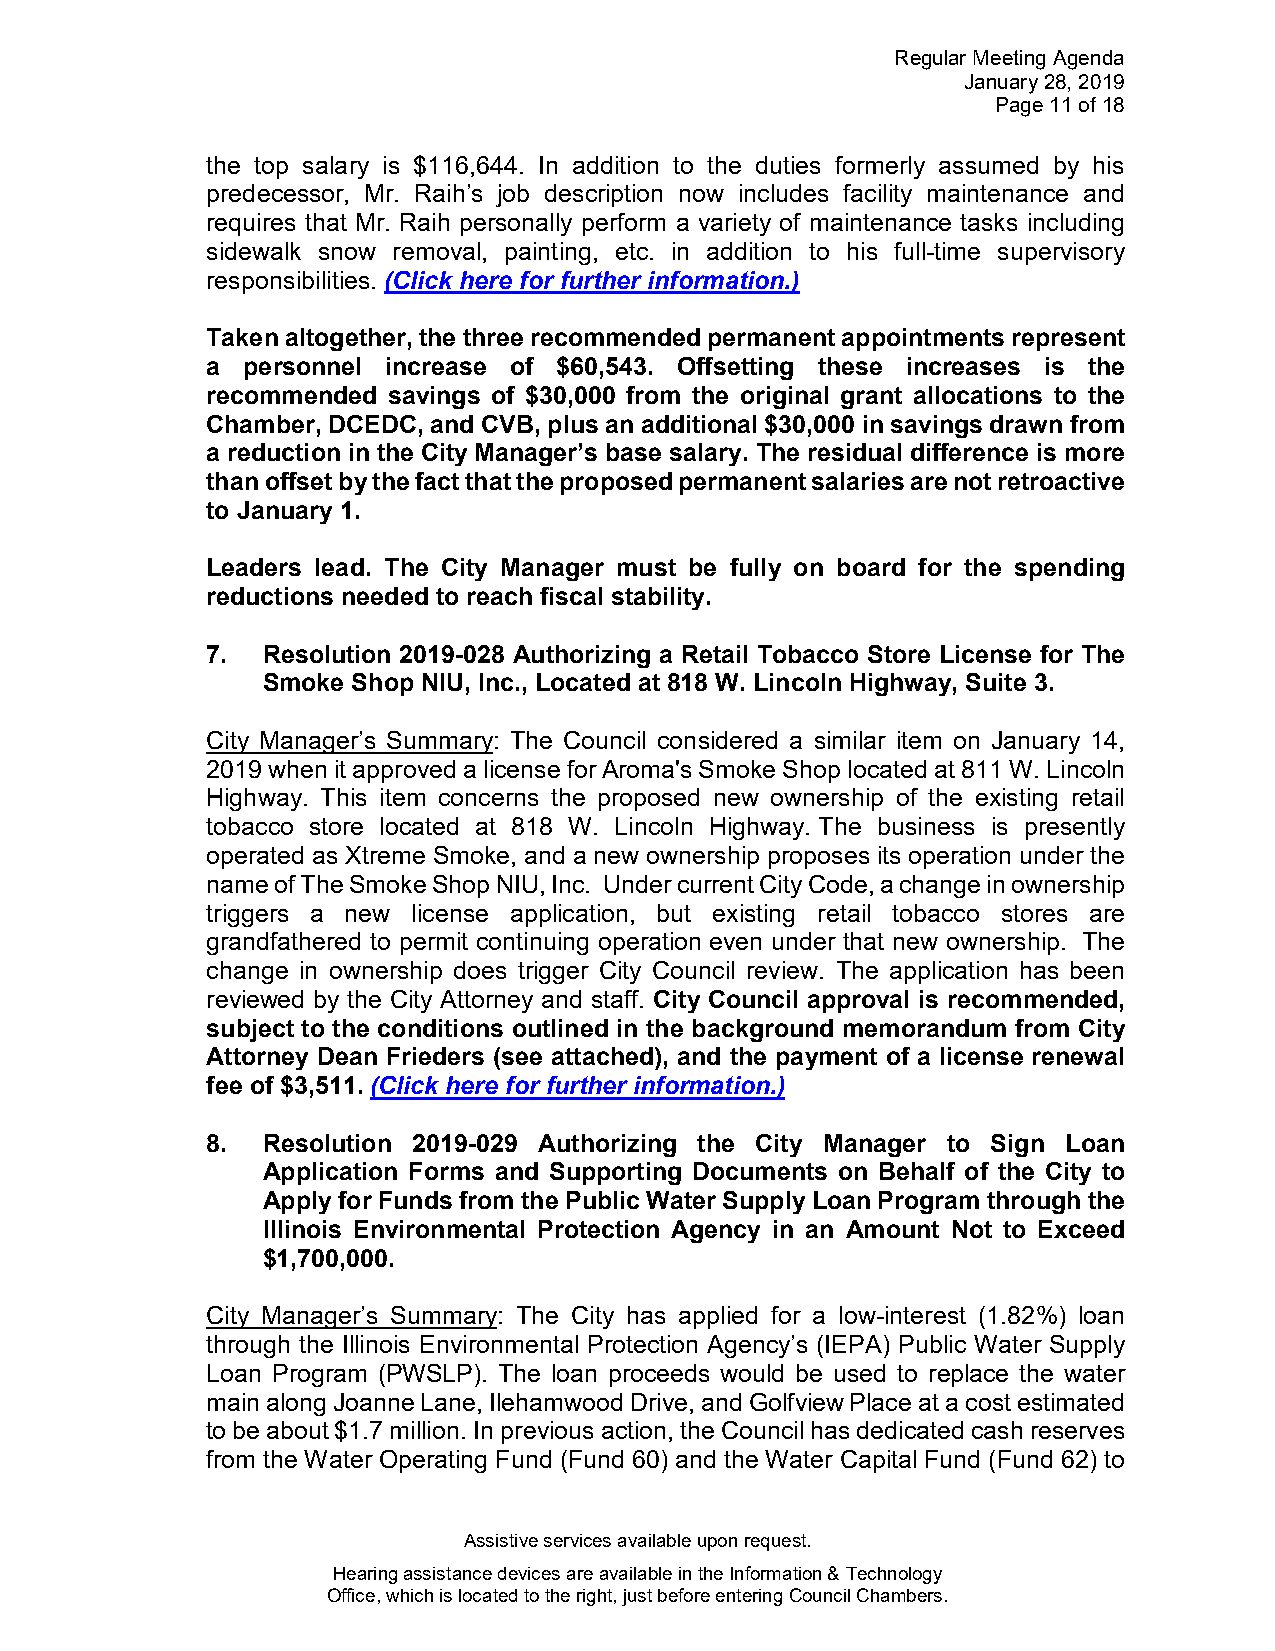
Regular Meeting Agenda
 January 28, 2019
 Page 11 of 18
 the top salary is $116,644. In addition to the duties formerly assumed by his
 predecessor, Mr. Raih’s job description now includes facility maintenance and
 requires that Mr. Raih personally perform a variety of maintenance tasks including
 sidewalk snow removal, painting, etc. in addition to his full-time supervisory
 responsibilities. (Click here for further information.)
 Taken altogether, the three recommended permanent appointments represent
 a personnel increase of $60,543. Offsetting these increases is the
 recommended savings of $30,000 from the original grant allocations to the
 Chamber, DCEDC, and CVB, plus an additional $30,000 in savings drawn from
 a reduction in the City Manager’s base salary. The residual difference is more
 than offset by the fact that the proposed permanent salaries are not retroactive
 to January 1.
 Leaders lead. The City Manager must be fully on board for the spending
 reductions needed to reach fiscal stability.
 7. Resolution 2019-028 Authorizing a Retail Tobacco Store License for The
 Smoke Shop NIU, Inc., Located at 818 W. Lincoln Highway, Suite 3.
 City Manager’s Summary: The Council considered a similar item on January 14,
 2019 when it approved a license for Aroma's Smoke Shop located at 811 W. Lincoln
 Highway. This item concerns the proposed new ownership of the existing retail
 tobacco store located at 818 W. Lincoln Highway. The business is presently
 operated as Xtreme Smoke, and a new ownership proposes its operation under the
 name of The Smoke Shop NIU, Inc. Under current City Code, a change in ownership
 triggers a new license application, but existing retail tobacco stores are
 grandfathered to permit continuing operation even under that new ownership. The
 change in ownership does trigger City Council review. The application has been
 reviewed by the City Attorney and staff. City Council approval is recommended,
 subject to the conditions outlined in the background memorandum from City
 Attorney Dean Frieders (see attached), and the payment of a license renewal
 fee of $3,511. (Click here for further information.)
 8. Resolution 2019-029 Authorizing the City Manager to Sign Loan
 Application Forms and Supporting Documents on Behalf of the City to
 Apply for Funds from the Public Water Supply Loan Program through the
 Illinois Environmental Protection Agency in an Amount Not to Exceed
 $1,700,000.
 City Manager’s Summary: The City has applied for a low-interest (1.82%) loan
 through the Illinois Environmental Protection Agency’s (IEPA) Public Water Supply
 Loan Program (PWSLP). The loan proceeds would be used to replace the water
 main along Joanne Lane, Ilehamwood Drive, and Golfview Place at a cost estimated
 to be about $1.7 million. In previous action, the Council has dedicated cash reserves
 from the Water Operating Fund (Fund 60) and the Water Capital Fund (Fund 62) to
 Assistive services available upon request.
 Hearing assistance devices are available in the Information & Technology
 Office, which is located to the right, just before entering Council Chambers.